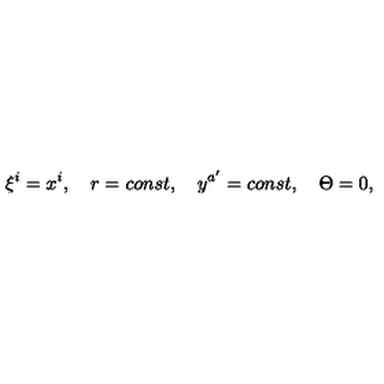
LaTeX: \xi ^ { i } = x ^ { i } , \quad r = c o n s t , \quad y ^ { a ^ { \prime } } = c o n s t , \quad \Theta = 0 ,